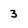
Character: 3